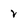
Character: v